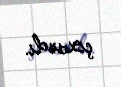
çıxardı.